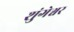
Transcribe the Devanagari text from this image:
शुंगेश्वर